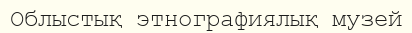
Облыстық этнографиялық музей